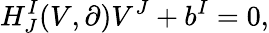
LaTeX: H_{J}^{I}(V,\partial)V^{J}+b^{I}=0,